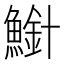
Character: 𫠍